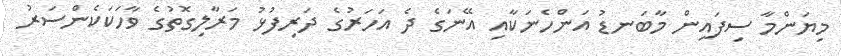
މިޔަންމާ ސިފައިން މާބަނޑު އަންހެނަކާއި އޭނަގެ ދެ އަހަރުގެ ދަރިފުޅު މަރާލިގޮތުގެ ވާހަކަކެންސަރު